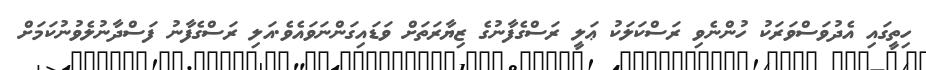
ހިތީގައި އެދުވަސްވަރަކު ހުންނެވި ރަސްކަލަކު ޢަލީ ރަސްގެފާނުގެ ޒިޔާރަތަށް ވަޑައިގަންނަވައެވެ.އަލި ރަސްގެފާނު ފަސްދާނުލެވުނުކަމަށް